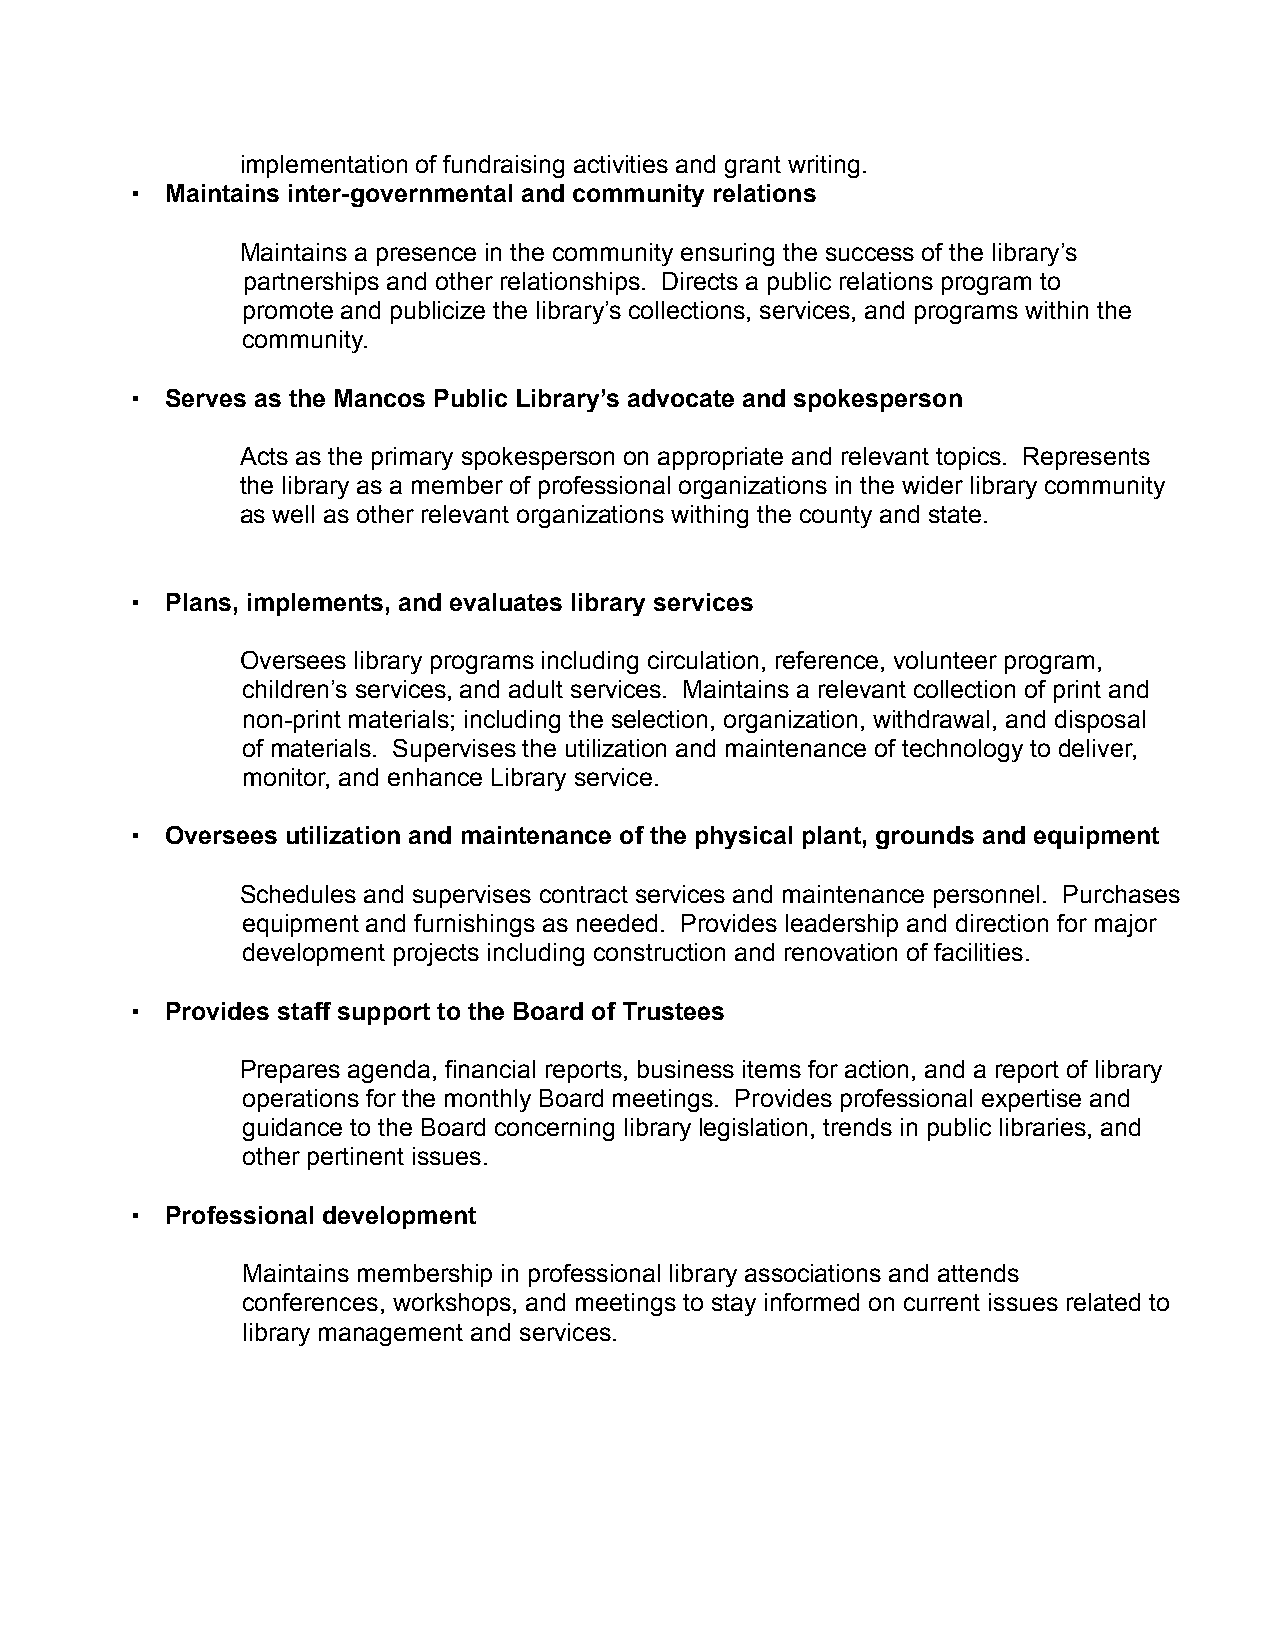
implementation of fundraising activities and grant writing.
 !  Maintains inter-governmental and community relations
 Maintains a presence in the community ensuring the success of the library’s
 partnerships and other relationships. Directs a public relations program to
 promote and publicize the library’s collections, services, and programs within the
 community.
 !  Serves as the Mancos Public Library’s advocate and spokesperson
 Acts as the primary spokesperson on appropriate and relevant topics. Represents
 the library as a member of professional organizations in the wider library community
 as well as other relevant organizations withing the county and state.
 !  Plans, implements, and evaluates library services
 Oversees library programs including circulation, reference, volunteer program,
 children’s services, and adult services. Maintains a relevant collection of print and
 non-print materials; including the selection, organization, withdrawal, and disposal
 of materials. Supervises the utilization and maintenance of technology to deliver,
 monitor, and enhance Library service.
 !  Oversees utilization and maintenance of the physical plant, grounds and equipment
 Schedules and supervises contract services and maintenance personnel. Purchases
 equipment and furnishings as needed. Provides leadership and direction for major
 development projects including construction and renovation of facilities.
 !  Provides staff support to the Board of Trustees
 Prepares agenda, financial reports, business items for action, and a report of library
 operations for the monthly Board meetings. Provides professional expertise and
 guidance to the Board concerning library legislation, trends in public libraries, and
 other pertinent issues.
 !  Professional development
 Maintains membership in professional library associations and attends
 conferences, workshops, and meetings to stay informed on current issues related to
 library management and services.